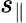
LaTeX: s_{\| }